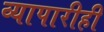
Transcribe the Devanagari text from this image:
व्यापारीही